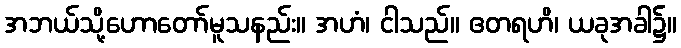
အဘယ်သို့ဟောတော်မူသနည်း။ အဟံ၊ ငါသည်။ ဧတရဟိ၊ ယခုအခါ၌။